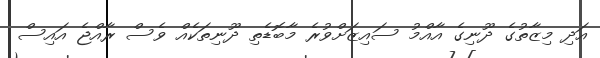
އަދި މިޒާތުގެ ދޫނިގެ އާއްމު ސައިޒަށްވުރެ މާބޮޑެތި ދޫނިތަކެއް ވެސް ރާއްޖެ އައިސް